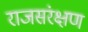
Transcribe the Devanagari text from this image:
राजसंरक्षण